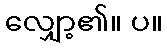
လျှော့၏။ ပ။